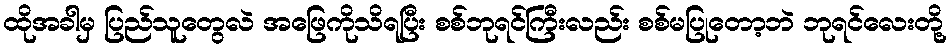
ထိုအခါမှ ပြည်သူတွေလဲ အဖြေကိုသိရပြီး စစ်ဘုရင်ကြီးလည်း စစ်မပြုတော့ဘဲ ဘုရင်လေးတို့